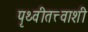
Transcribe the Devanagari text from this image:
पृथ्वीतत्त्वाशी